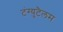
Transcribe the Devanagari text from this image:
टंग्युटैलम